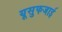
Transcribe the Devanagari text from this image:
यूसुफजाई